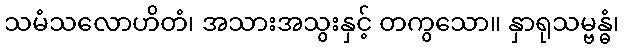
သမံသလောဟိတံ၊ အသားအသွးနှင့် တကွသော။ နှာရုသမ္ဗန္ဓံ၊